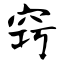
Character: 窍